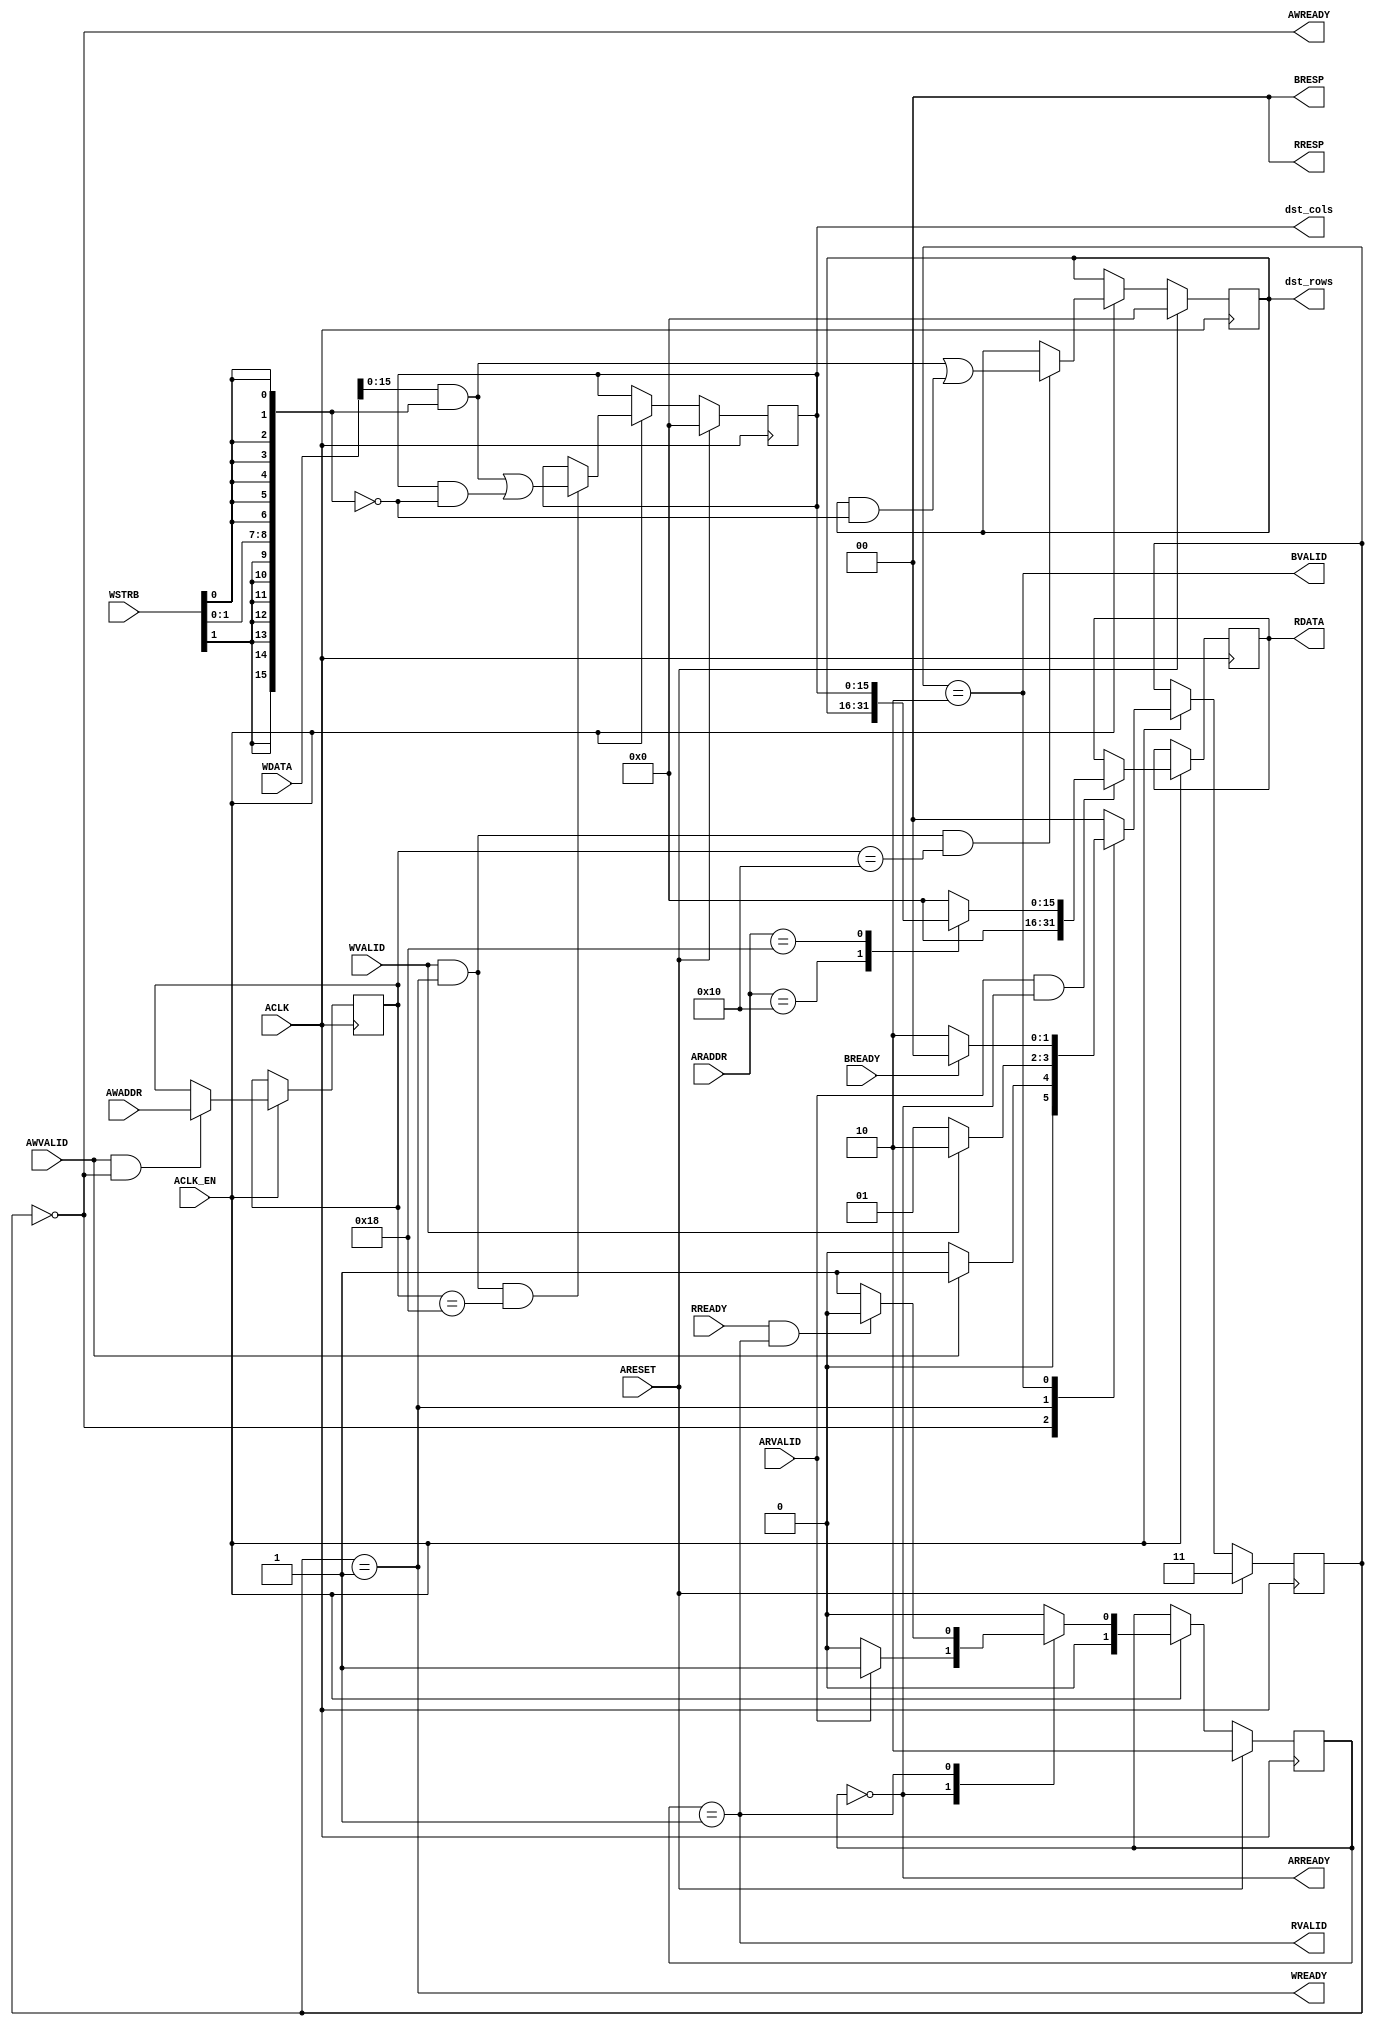
// ==============================================================
// File generated by Vivado(TM) HLS - High-Level Synthesis from C, C++ and SystemC
// Version: 2018.2
// Copyright (C) 1986-2018 Xilinx, Inc. All Rights Reserved.
// 
// ==============================================================

`timescale 1ns/1ps
module reorder_resize_AXILiteS_s_axi
#(parameter
    C_S_AXI_ADDR_WIDTH = 5,
    C_S_AXI_DATA_WIDTH = 32
)(
    // axi4 lite slave signals
    input  wire                          ACLK,
    input  wire                          ARESET,
    input  wire                          ACLK_EN,
    input  wire [C_S_AXI_ADDR_WIDTH-1:0] AWADDR,
    input  wire                          AWVALID,
    output wire                          AWREADY,
    input  wire [C_S_AXI_DATA_WIDTH-1:0] WDATA,
    input  wire [C_S_AXI_DATA_WIDTH/8-1:0] WSTRB,
    input  wire                          WVALID,
    output wire                          WREADY,
    output wire [1:0]                    BRESP,
    output wire                          BVALID,
    input  wire                          BREADY,
    input  wire [C_S_AXI_ADDR_WIDTH-1:0] ARADDR,
    input  wire                          ARVALID,
    output wire                          ARREADY,
    output wire [C_S_AXI_DATA_WIDTH-1:0] RDATA,
    output wire [1:0]                    RRESP,
    output wire                          RVALID,
    input  wire                          RREADY,
    // user signals
    output wire [15:0]                   dst_rows,
    output wire [15:0]                   dst_cols
);
//------------------------Address Info-------------------
// 0x00 : reserved
// 0x04 : reserved
// 0x08 : reserved
// 0x0c : reserved
// 0x10 : Data signal of dst_rows
//        bit 15~0 - dst_rows[15:0] (Read/Write)
//        others   - reserved
// 0x14 : reserved
// 0x18 : Data signal of dst_cols
//        bit 15~0 - dst_cols[15:0] (Read/Write)
//        others   - reserved
// 0x1c : reserved
// (SC = Self Clear, COR = Clear on Read, TOW = Toggle on Write, COH = Clear on Handshake)

//------------------------Parameter----------------------
localparam
    ADDR_DST_ROWS_DATA_0 = 5'h10,
    ADDR_DST_ROWS_CTRL   = 5'h14,
    ADDR_DST_COLS_DATA_0 = 5'h18,
    ADDR_DST_COLS_CTRL   = 5'h1c,
    WRIDLE               = 2'd0,
    WRDATA               = 2'd1,
    WRRESP               = 2'd2,
    WRRESET              = 2'd3,
    RDIDLE               = 2'd0,
    RDDATA               = 2'd1,
    RDRESET              = 2'd2,
    ADDR_BITS         = 5;

//------------------------Local signal-------------------
    reg  [1:0]                    wstate = WRRESET;
    reg  [1:0]                    wnext;
    reg  [ADDR_BITS-1:0]          waddr;
    wire [31:0]                   wmask;
    wire                          aw_hs;
    wire                          w_hs;
    reg  [1:0]                    rstate = RDRESET;
    reg  [1:0]                    rnext;
    reg  [31:0]                   rdata;
    wire                          ar_hs;
    wire [ADDR_BITS-1:0]          raddr;
    // internal registers
    reg  [15:0]                   int_dst_rows = 'b0;
    reg  [15:0]                   int_dst_cols = 'b0;

//------------------------Instantiation------------------

//------------------------AXI write fsm------------------
assign AWREADY = (wstate == WRIDLE);
assign WREADY  = (wstate == WRDATA);
assign BRESP   = 2'b00;  // OKAY
assign BVALID  = (wstate == WRRESP);
assign wmask   = { {8{WSTRB[3]}}, {8{WSTRB[2]}}, {8{WSTRB[1]}}, {8{WSTRB[0]}} };
assign aw_hs   = AWVALID & AWREADY;
assign w_hs    = WVALID & WREADY;

// wstate
always @(posedge ACLK) begin
    if (ARESET)
        wstate <= WRRESET;
    else if (ACLK_EN)
        wstate <= wnext;
end

// wnext
always @(*) begin
    case (wstate)
        WRIDLE:
            if (AWVALID)
                wnext = WRDATA;
            else
                wnext = WRIDLE;
        WRDATA:
            if (WVALID)
                wnext = WRRESP;
            else
                wnext = WRDATA;
        WRRESP:
            if (BREADY)
                wnext = WRIDLE;
            else
                wnext = WRRESP;
        default:
            wnext = WRIDLE;
    endcase
end

// waddr
always @(posedge ACLK) begin
    if (ACLK_EN) begin
        if (aw_hs)
            waddr <= AWADDR[ADDR_BITS-1:0];
    end
end

//------------------------AXI read fsm-------------------
assign ARREADY = (rstate == RDIDLE);
assign RDATA   = rdata;
assign RRESP   = 2'b00;  // OKAY
assign RVALID  = (rstate == RDDATA);
assign ar_hs   = ARVALID & ARREADY;
assign raddr   = ARADDR[ADDR_BITS-1:0];

// rstate
always @(posedge ACLK) begin
    if (ARESET)
        rstate <= RDRESET;
    else if (ACLK_EN)
        rstate <= rnext;
end

// rnext
always @(*) begin
    case (rstate)
        RDIDLE:
            if (ARVALID)
                rnext = RDDATA;
            else
                rnext = RDIDLE;
        RDDATA:
            if (RREADY & RVALID)
                rnext = RDIDLE;
            else
                rnext = RDDATA;
        default:
            rnext = RDIDLE;
    endcase
end

// rdata
always @(posedge ACLK) begin
    if (ACLK_EN) begin
        if (ar_hs) begin
            rdata <= 1'b0;
            case (raddr)
                ADDR_DST_ROWS_DATA_0: begin
                    rdata <= int_dst_rows[15:0];
                end
                ADDR_DST_COLS_DATA_0: begin
                    rdata <= int_dst_cols[15:0];
                end
            endcase
        end
    end
end


//------------------------Register logic-----------------
assign dst_rows = int_dst_rows;
assign dst_cols = int_dst_cols;
// int_dst_rows[15:0]
always @(posedge ACLK) begin
    if (ARESET)
        int_dst_rows[15:0] <= 0;
    else if (ACLK_EN) begin
        if (w_hs && waddr == ADDR_DST_ROWS_DATA_0)
            int_dst_rows[15:0] <= (WDATA[31:0] & wmask) | (int_dst_rows[15:0] & ~wmask);
    end
end

// int_dst_cols[15:0]
always @(posedge ACLK) begin
    if (ARESET)
        int_dst_cols[15:0] <= 0;
    else if (ACLK_EN) begin
        if (w_hs && waddr == ADDR_DST_COLS_DATA_0)
            int_dst_cols[15:0] <= (WDATA[31:0] & wmask) | (int_dst_cols[15:0] & ~wmask);
    end
end


//------------------------Memory logic-------------------

endmodule